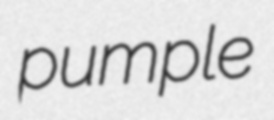
pumple